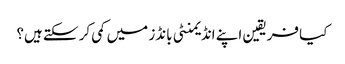
کیا فریقین اپنے انڈیمنٹی بانڈز میں کمی کر سکتے ہیں؟